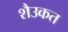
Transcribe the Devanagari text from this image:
शैउकत